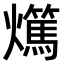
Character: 𤒘